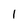
Character: 1